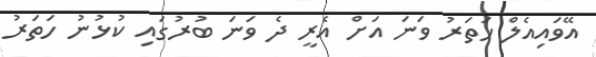
އޭވައިއެލް ހަތަރު ވަނަ އަށް އެރީ ދެ ވަނަ ބުރުގައި ކުޅުނު ހަތަރު